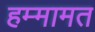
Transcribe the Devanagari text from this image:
हम्मामत